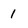
Character: 1